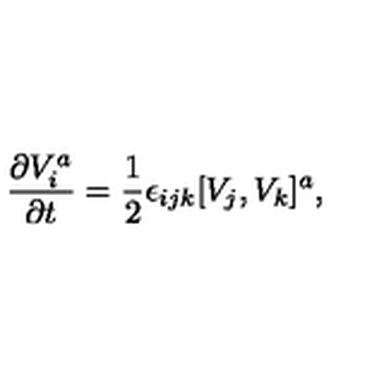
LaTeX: { \frac { \partial V _ { i } ^ { a } } { \partial t } } = { \frac { 1 } { 2 } } \epsilon _ { i j k } [ V _ { j } , V _ { k } ] ^ { a } ,